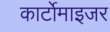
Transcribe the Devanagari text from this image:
कार्टोमाइजर